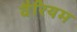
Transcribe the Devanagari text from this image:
वैरियम